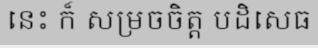
នេះ ក៏ សម្រចចិត្ត បដិសេធ